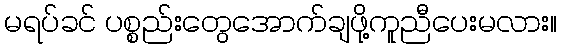
မရပ်ခင် ပစ္စည်းတွေအောက်ချဖို့ကူညီပေးမလား။